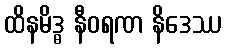
ထိနမိဒ္ဓ နီဝရဏ နိဒေဿ